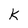
Character: K